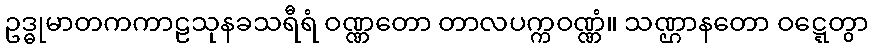
ဥဒ္ဓုမာတကကာဠသုနခသရီရံ ဝဏ္ဏတော တာလပက္ကဝဏ္ဏံ။ သဏ္ဌာနတော ဝဋ္ဋေတွာ